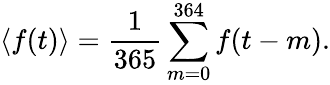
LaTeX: \langle f(t)\rangle=\frac{1}{365}\sum_{m=0}^{364}f(t-m).